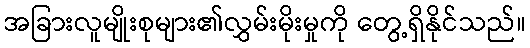
အခြားလူမျိုးစုများ၏လွှမ်းမိုးမှုကို တွေ့ရှိနိုင်သည်။